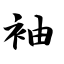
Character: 袖